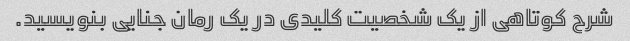
شرح کوتاهی از یک شخصیت کلیدی در یک رمان جنایی بنویسید.